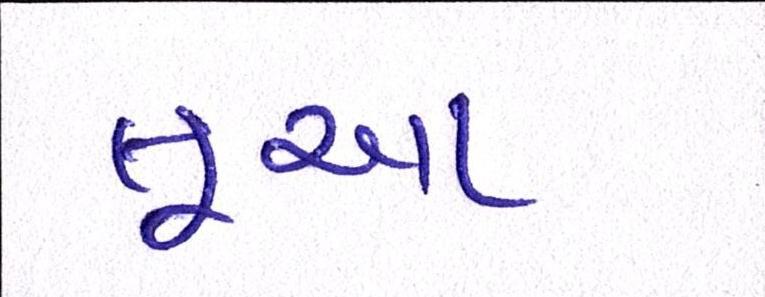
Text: લૂઆ